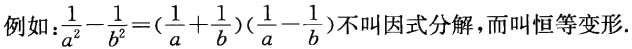
例如：$\frac{1}{a^{2}} - \frac{1}{b^{2}} = (\frac{1}{a} + \frac{1}{b})(\frac{1}{a} - \frac{1}{b})$不叫因式分解，而叫恒等变形.